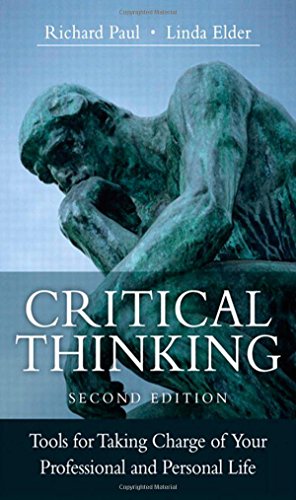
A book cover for Critical Thinking: Tools for Taking Charge of Your Professional and Personal Life (2nd Edition); Richard Paul; Business & Money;